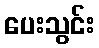
ပေးသွင်း